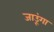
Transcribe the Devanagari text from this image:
जाउूंगा